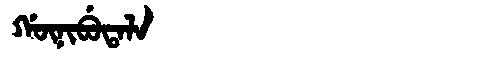
Manchu: ᡤᡡᠨᡳᠪᡠᡨᠠᠯᠠ
Romanization: GŪNIBUTALA